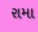
રામા